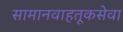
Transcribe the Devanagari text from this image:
सामानवाहतूकसेवा